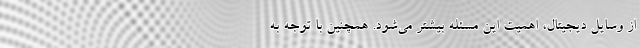
از وسایل دیجیتال، اهمیت این مسئله بیشتر می‌شود. همچنین با توجه به